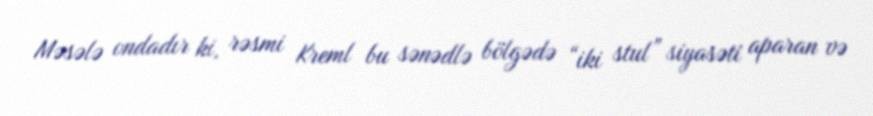
Məsələ ondadır ki, rəsmi Kreml bu sənədlə bölgədə “iki stul” siyasəti aparan və